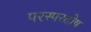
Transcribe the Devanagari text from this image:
परस्परदोष